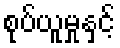
စုပ်ယူမှုနှင့်